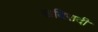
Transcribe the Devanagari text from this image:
खदिरादी